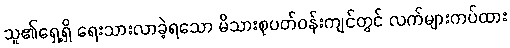
သူ၏ရှေ့ရှိ ရေးသားလာခဲ့ရသော မိသားစုပတ်ဝန်းကျင်တွင် လက်များကပ်ထား